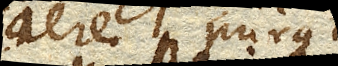
aere purgatus